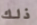
ذلك